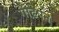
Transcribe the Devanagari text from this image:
गाढे़पन